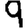
Digit: 9